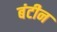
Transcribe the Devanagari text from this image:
बंटीन